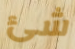
شئ